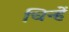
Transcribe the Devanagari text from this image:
चिन्हें